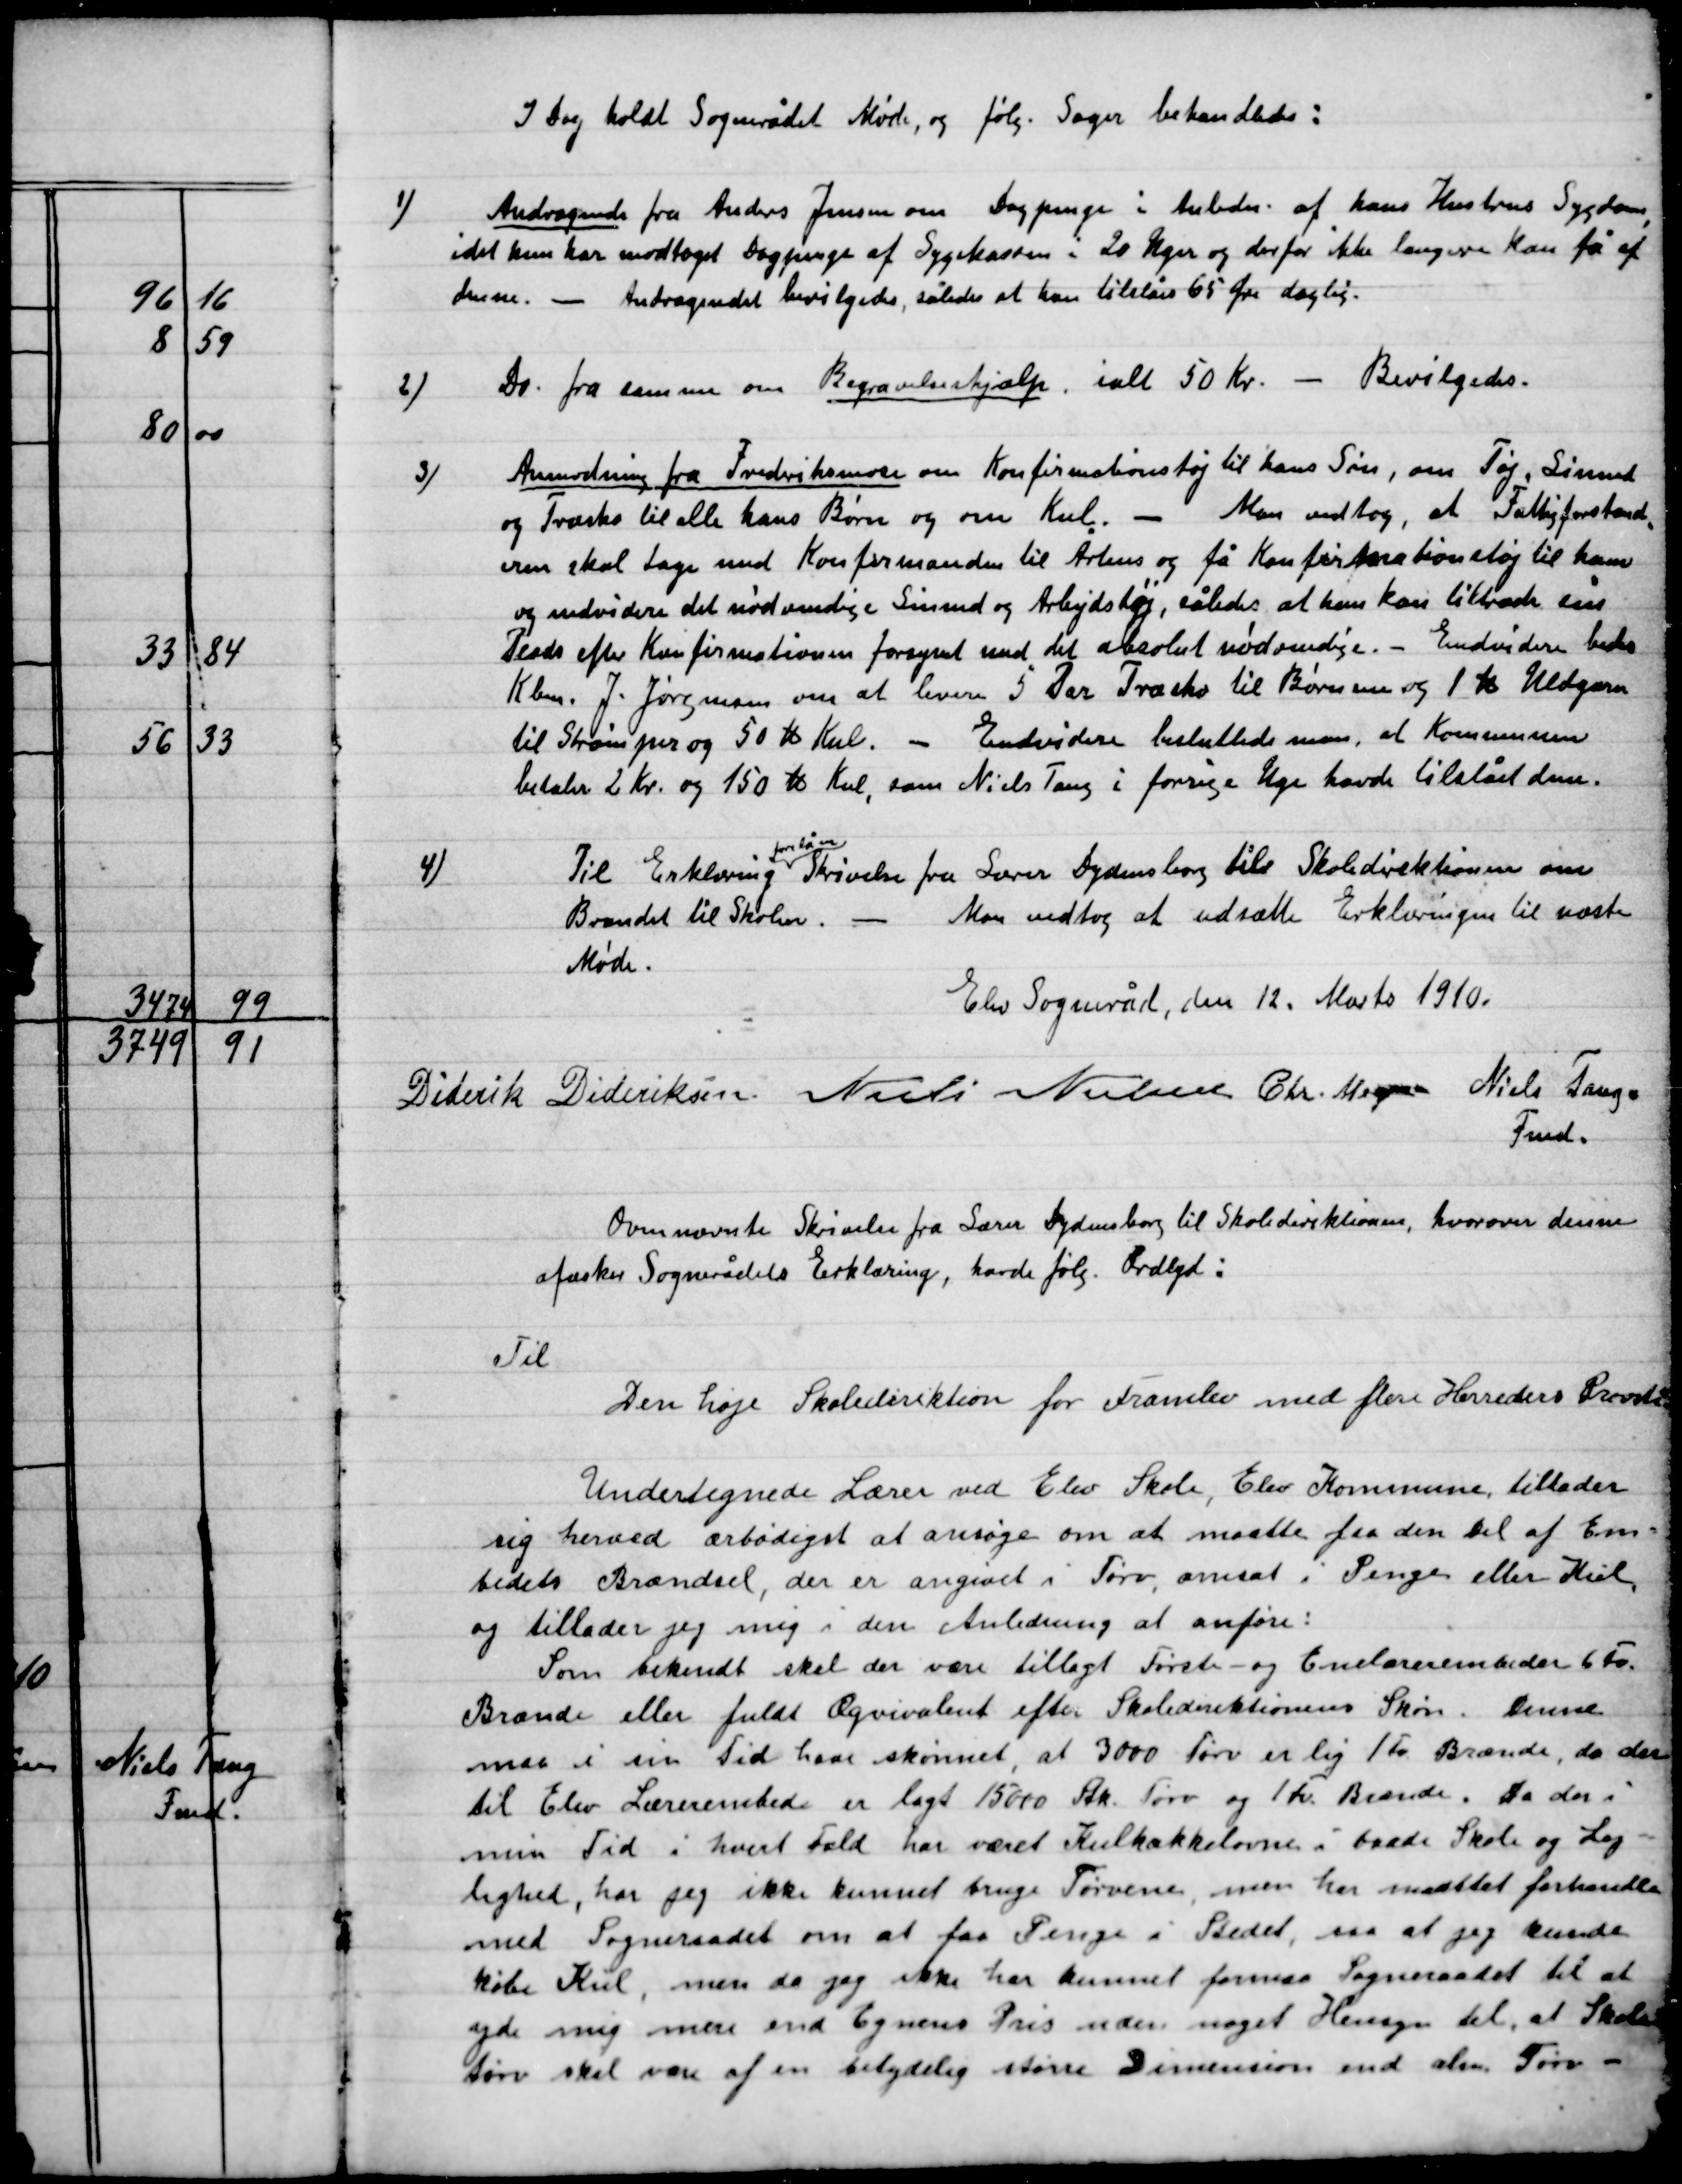
Transskription:
I Dag holdt Sognerådet Møde, og følg. Sager behandledes:

1)

Andragende fra Anders Jensen om Dagpenge i Anledn. af hans Hustrus Sygdom
idet hun har modtage Dagpenge af Sygekassen i 20 Uger og derfor ikke længere kan få af
denne. – Andragendet bevilgedes, således at hun tilstås 65 Øre daglig.

2)

Do. fra samme om Begravelseshjælp, i alt 50 Kr. – bevilgedes.

3)

Anmodning fra Frederiksmose om Konfirmationstøj til hans Søn, om Tøj, Linnet
og Træsko til alle hans Børn og om Kul. – Man vedtog, at Fattigforstand-
eren skal tage med Konfirmanden til Århus og få Konfirmationstøf til ham
og endvidere det nødvendige Linned og Arbejdstøj, således at han kan tiltræde sin
Pesds efter Konfirmationen forsynet med det absolutte nødvendige. – Endvidere bedes
Kbm. J. Jørgensen om at levere 5 Par Træsko til Børnene og 1 K. Uldgarn
til Strømper og 50 K. Kul. – Endvidere besluttede man, at Kommunen
betaler 2 Kr. og 150 K. Kul, som Niels Tang i forrige Uge havde tilstået dem.

4)

Til Erklæring
forelå en
 Skrivelse fra Lærer Dydensborg til Skoledirektionen om
Brændet til Skolen. – Man vedtog at udsætte Erklæringen til næste
Møde.

Elev Sogneråd, den 12. Marts 1910.

Diderik Dideriksen
Niels Nielsen
Chr. Meyer
Niels Tang.
Fmd.

Ovennævnte Skrivelse fra Lærer Dydensborg til Skoledirektionen, hvorom denne
afæsker Sognerådets Erklæring, havde følg. Ordlyd:

Til
Den høje Skoledirektion for Framlev med flere Herreders Provsti
Undertegnede Lærer ved Elev skole, Elev Kommune tillader
sig herved ærbødigst at ansøge om at maatte fra den Del af Em-
bedets Brændsel, der er angivet i Tørv, omsat i Penge eller  Kul,
og tillader jeg mig i den Anledning at anføre:
Som bekendt skal der være tillagt Første- og Enelære embeder 6 Tv.
Brænde eller fuldt Ægvivalent efter Skoledirektionen Skøn. Denne
maa i sin Tid have skønnet, at 3000 Tørv er lig 1 Fv. Brænde, da der
til Elev lærerembede er lagt 15000 Stk. Tørv og 1 Fv. Brænde. Da der i
min Tid i hvert Fald har været Kulkakkelovne i baade Skole og Lej-
lighed, har jeg ikke kunnet bruge Tørvene, men har maattet forhandle
med Sogneraadet om at faa Penge i Stedet, saa at jeg kunde
købe Kul, men da jeg ikke har kunnet formaa Sogneraadet til at
yde mig mere end Egnens Pris uden noget Hensyn til, at Skole
tørv skal være af en betydelig større Dimission end alm. Tørv -